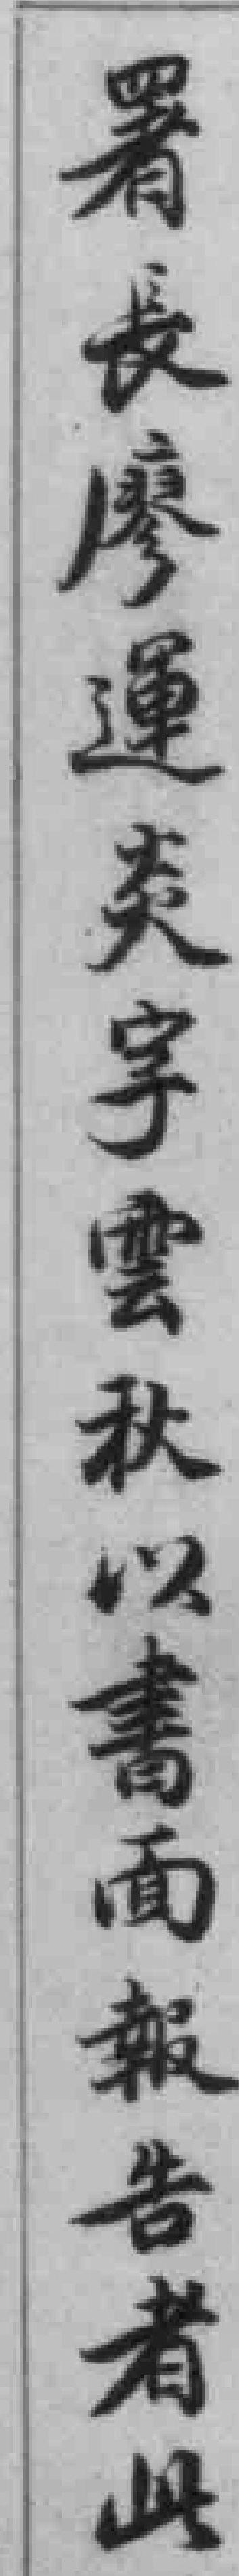
署長廖運炎字雲秋以書面報告者此